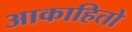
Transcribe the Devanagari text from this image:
आकाहितो